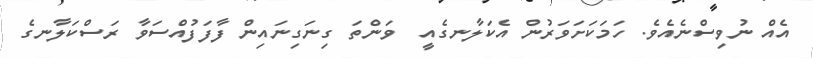
އެއް ނުވިސްނެއެވެ. ހަމަކަށަވަރުން އެކަލާނގެއީ  ވަންތަ ގިނަގިނައިން ފާފަފުއްސަވާ ރަސްކަލާނގެ